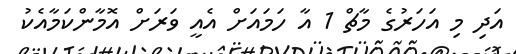
އަދި މި އަހަރުގެ މާޗް 1 އާ ހަމައަށް އެއީ ވަރަށް އޮމާންކަމާއެކު